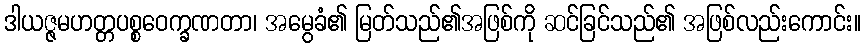
ဒါယဇ္ဇမဟတ္တပစ္စဝေက္ခဏတာ၊ အမွေခံ၏ မြတ်သည်၏အဖြစ်ကို ဆင်ခြင်သည်၏ အဖြစ်လည်းကောင်း။